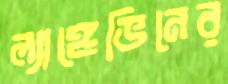
ল্যাঙ্গেভিনের